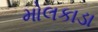
મોલકાડા